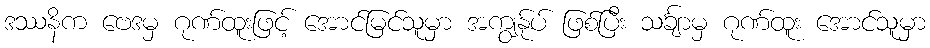
ဒဿနိက ဗေဒမှ ဂုဏ်ထူးဖြင့် အောင်မြင်သူမှာ အကျွန်ုပ် ဖြစ်ပြီး သင်္ချာမှ ဂုဏ်ထူး အောင်သူမှာ